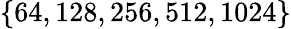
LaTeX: \{ 64,128,256,512,1024\}